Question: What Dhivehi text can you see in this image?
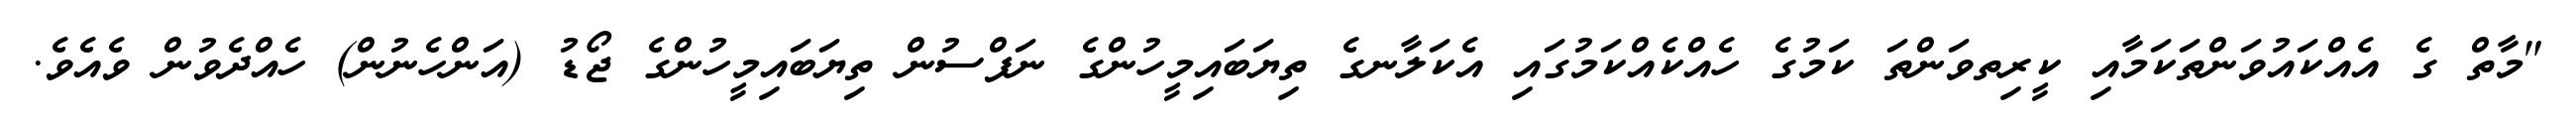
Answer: "މާތް ގެ އެއްކައުވަންތަކަމާއި ކީރިތވަންތަ ކަމުގެ ހެއްކެއްކަމުގައި އެކަލާނގެ ތިޔަބައިމީހުންގެ ނަފްސުން ތިޔަބައިމީހުންގެ ޖޯޑު (އަންހެނުން) ހެއްދެވުން ވެއެވެ.